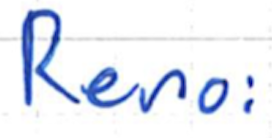
Text: Reno:
Cross-out: clean
Writing tool: ballpoint